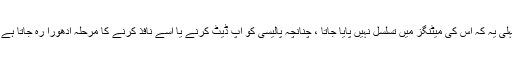
پہلی یہ کہ اس کی میٹنگز میں تسلسل نہیں پایا جاتا ، چنانچہ پالیسی کو اپ ڈیٹ کرنے یا اسے نافذ کرنے کا مرحلہ ادھورا رہ جاتا ہے ۔